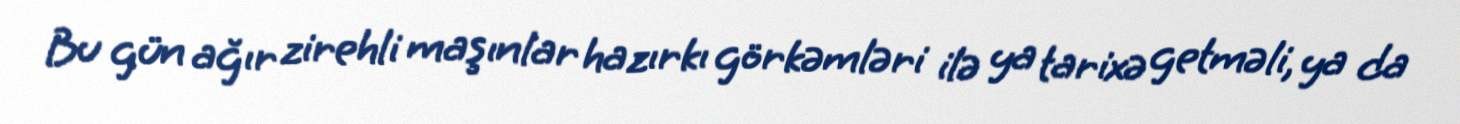
Bu gün ağır zirehli maşınlar hazırkı görkəmləri ilə ya tarixə getməli, ya da